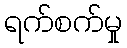
ရက်စက်မှု